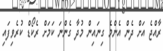
ރާއްޖެ އަށް ދެން އެންމެ ގިނައިން މުދާ ގެންނަ ކަމަށް ރެކޯޑް ކުރެވިފައި